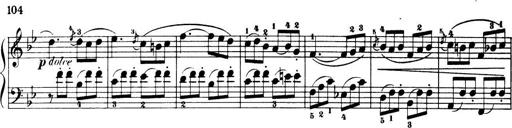
Title: 32 Sonatinas and Rondos for the Piano
Composer: Richard Kleinmichel